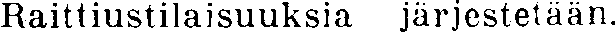
Raittiustilaisuuksia järjestetään.